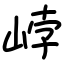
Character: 㟑